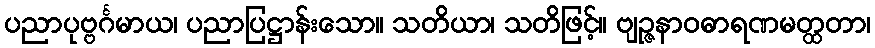
ပညာပုဗ္ဗင်္ဂမာယ၊ ပညာပြဋ္ဌာန်းသော။ သတိယာ၊ သတိဖြင့်။ ဗျဉ္ဇနာဝဓာရဏမတ္ထတာ၊